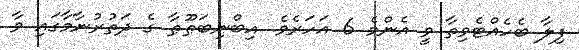
ފިލާ ބެހެއްޓެވިތާ ވީ އެންމެ 6 އަހަރެވެ. އިބްނިބަޠޫޠާ ގެ ދަތުރުނާމާގައި ވާ